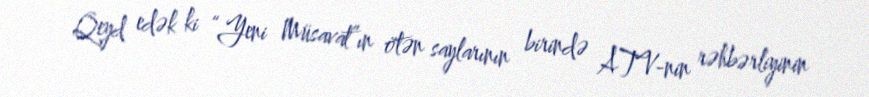
Qeyd edək ki “Yeni Müsavat”ın ötən saylarının birində ATV-nin rəhbərliyinin